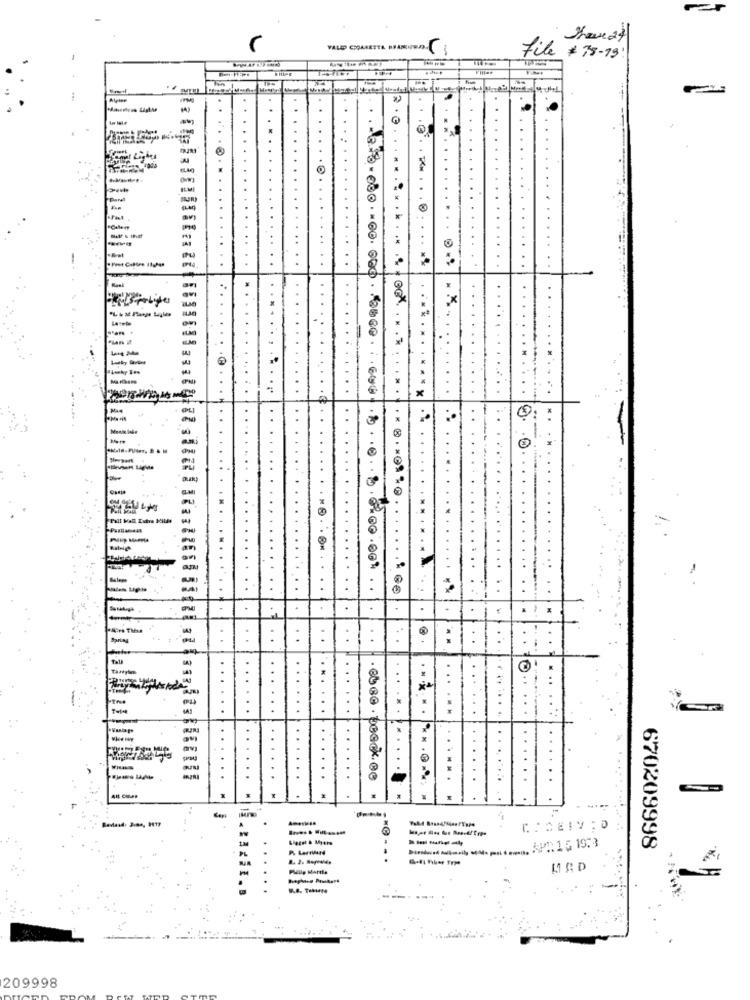
VALD CHARETTE HAND
File # 38-19:
PIPE
..
.
.
. .
x
------
-
..
...
x
.
....
an
..
. b . . .. . 8 . 02. 00 . 00 %
... . .. . . . .
:
Tall
...
...
...
:
..
......
. .
..
-
11
....
..
...
..
..
.
. .
......
15
.
SP1.15 19.3
670209998
209998